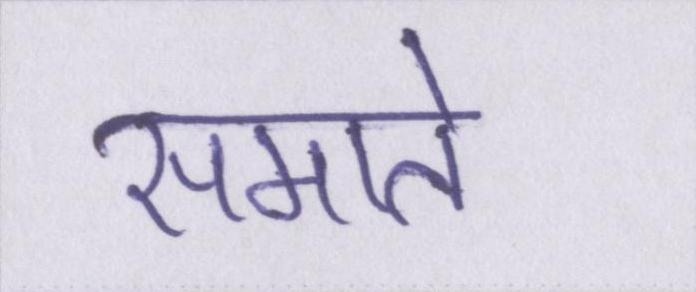
समाते